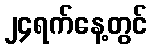
၂၄ရက်နေ့တွင်